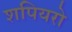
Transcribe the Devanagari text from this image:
शपियरो